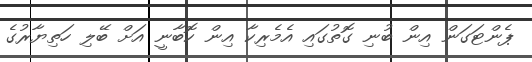
ޕެންޓަގަން އިން ބުނި ގޮތުގައި އެމެރިކާ އިން ކޮބާނީ އަށް ބޭލި ހަތިޔާރުގެ